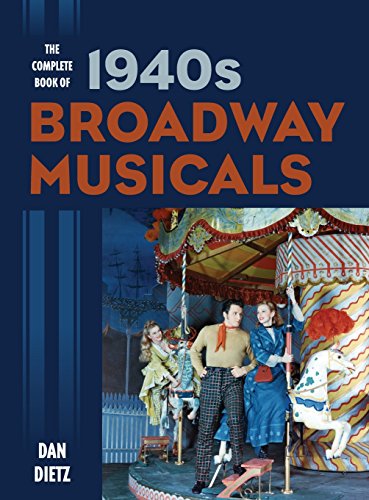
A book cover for The Complete Book of 1940s Broadway Musicals; Dan Dietz; Humor & Entertainment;